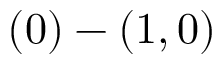
( 0 ) - ( 1 , 0 )